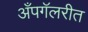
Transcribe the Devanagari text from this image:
अँपगॅलरीत